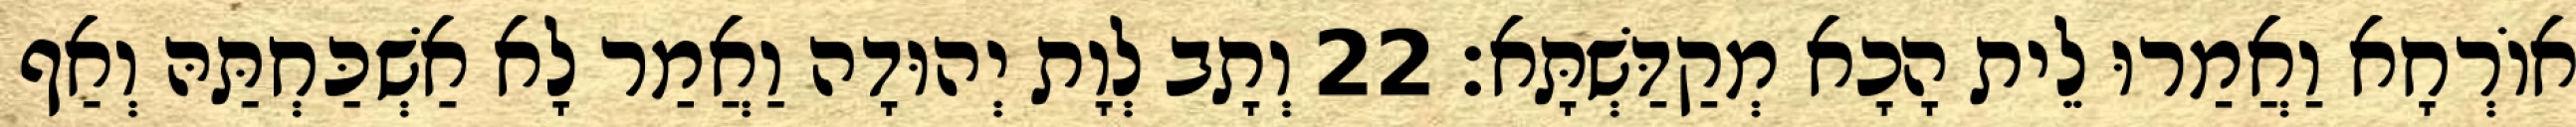
אוֹרְחָא וַאֲמַרוּ לֵית הָכָא מְקַדַּשְׁתָּא׃ 22 וְתָב לְוָת יְהוּדָה וַאֲמַר לָא אַשְׁכַּחְתַּהּ וְאַף